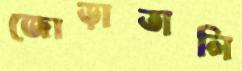
জোড়াতালি